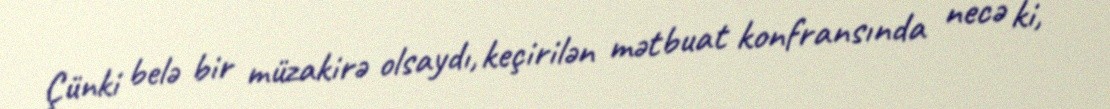
Çünki belə bir müzakirə olsaydı, keçirilən mətbuat konfransında necə ki,